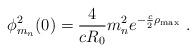
LaTeX: \begin{align*}\phi_{m_n}^2(0) = \frac{4}{cR_0} m_n^2 e^{-\frac{c}{2} \rho_{\rm max}}~.\end{align*}